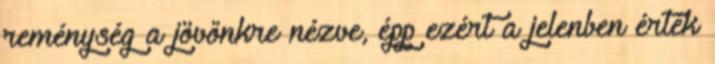
reménység a jövőnkre nézve, épp ezért a jelenben érték